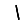
Digit: 1